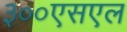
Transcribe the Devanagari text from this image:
३००एसएल